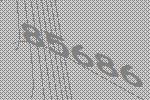
85686